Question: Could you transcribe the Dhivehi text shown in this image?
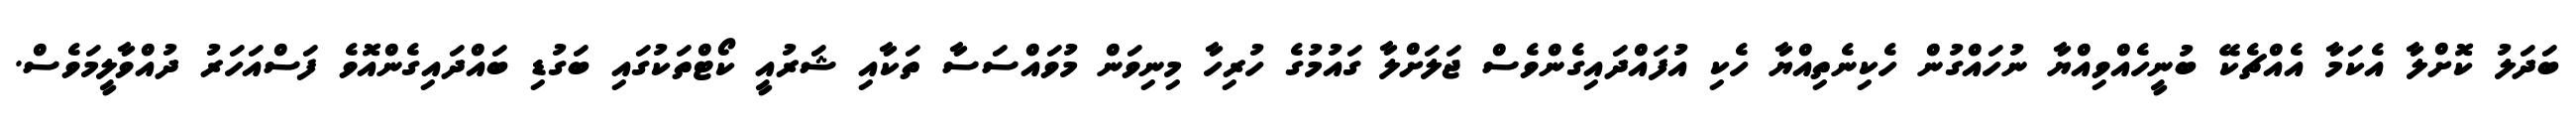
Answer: ބަދަލު ކޮށްލާ އެކަމާ އެއްޗެކޭ ބުނީހެއްވިއްޔާ ނުހައްގުން ހެކިނެތިއްޔާ ހެކި އުފައްދައިގެންވެސް ޖަލަށްލާ ގައުމުގެ ހުރިހާ މިނިވަން މުވައްސަސާ ތަކާއި ޝަރުއީ ކޯޓްތަކުގައި ބަގުޑި ބައްދައިގެންއޮވެ ފަސްއަހަރު ދުއްވާލީމަވެސް.